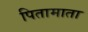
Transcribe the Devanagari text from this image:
पितामाता